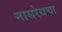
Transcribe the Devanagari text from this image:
नासरेथचा